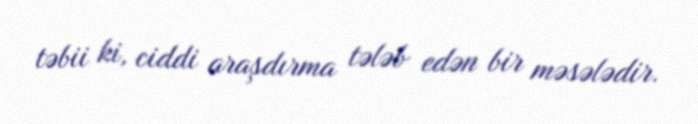
təbii ki, ciddi araşdırma tələb edən bir məsələdir.